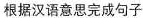
根据汉语意思完成句子